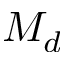
M _ { d }